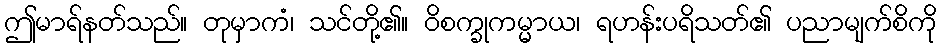
ဤမာရ်နတ်သည်။ တုမှာကံ၊ သင်တို့၏။ ဝိစက္ခုကမ္မာယ၊ ရဟန်းပရိသတ်၏ ပညာမျက်စိကို